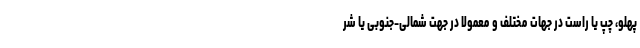
پهلو، چپ یا راست در جهات مختلف و معمولاً در جهت شمالی-جنوبی یا شر